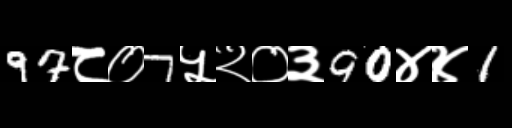
Text: 97८०7५२०३90४४1